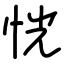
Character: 恍